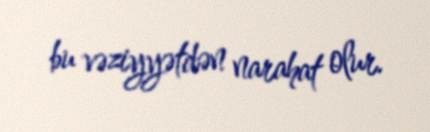
bu vəziyyətdən narahat olur.